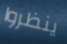
ينظروا